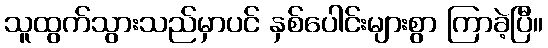
သူထွက်သွားသည်မှာပင် နှစ်ပေါင်းများစွာ ကြာခဲ့ပြီ။